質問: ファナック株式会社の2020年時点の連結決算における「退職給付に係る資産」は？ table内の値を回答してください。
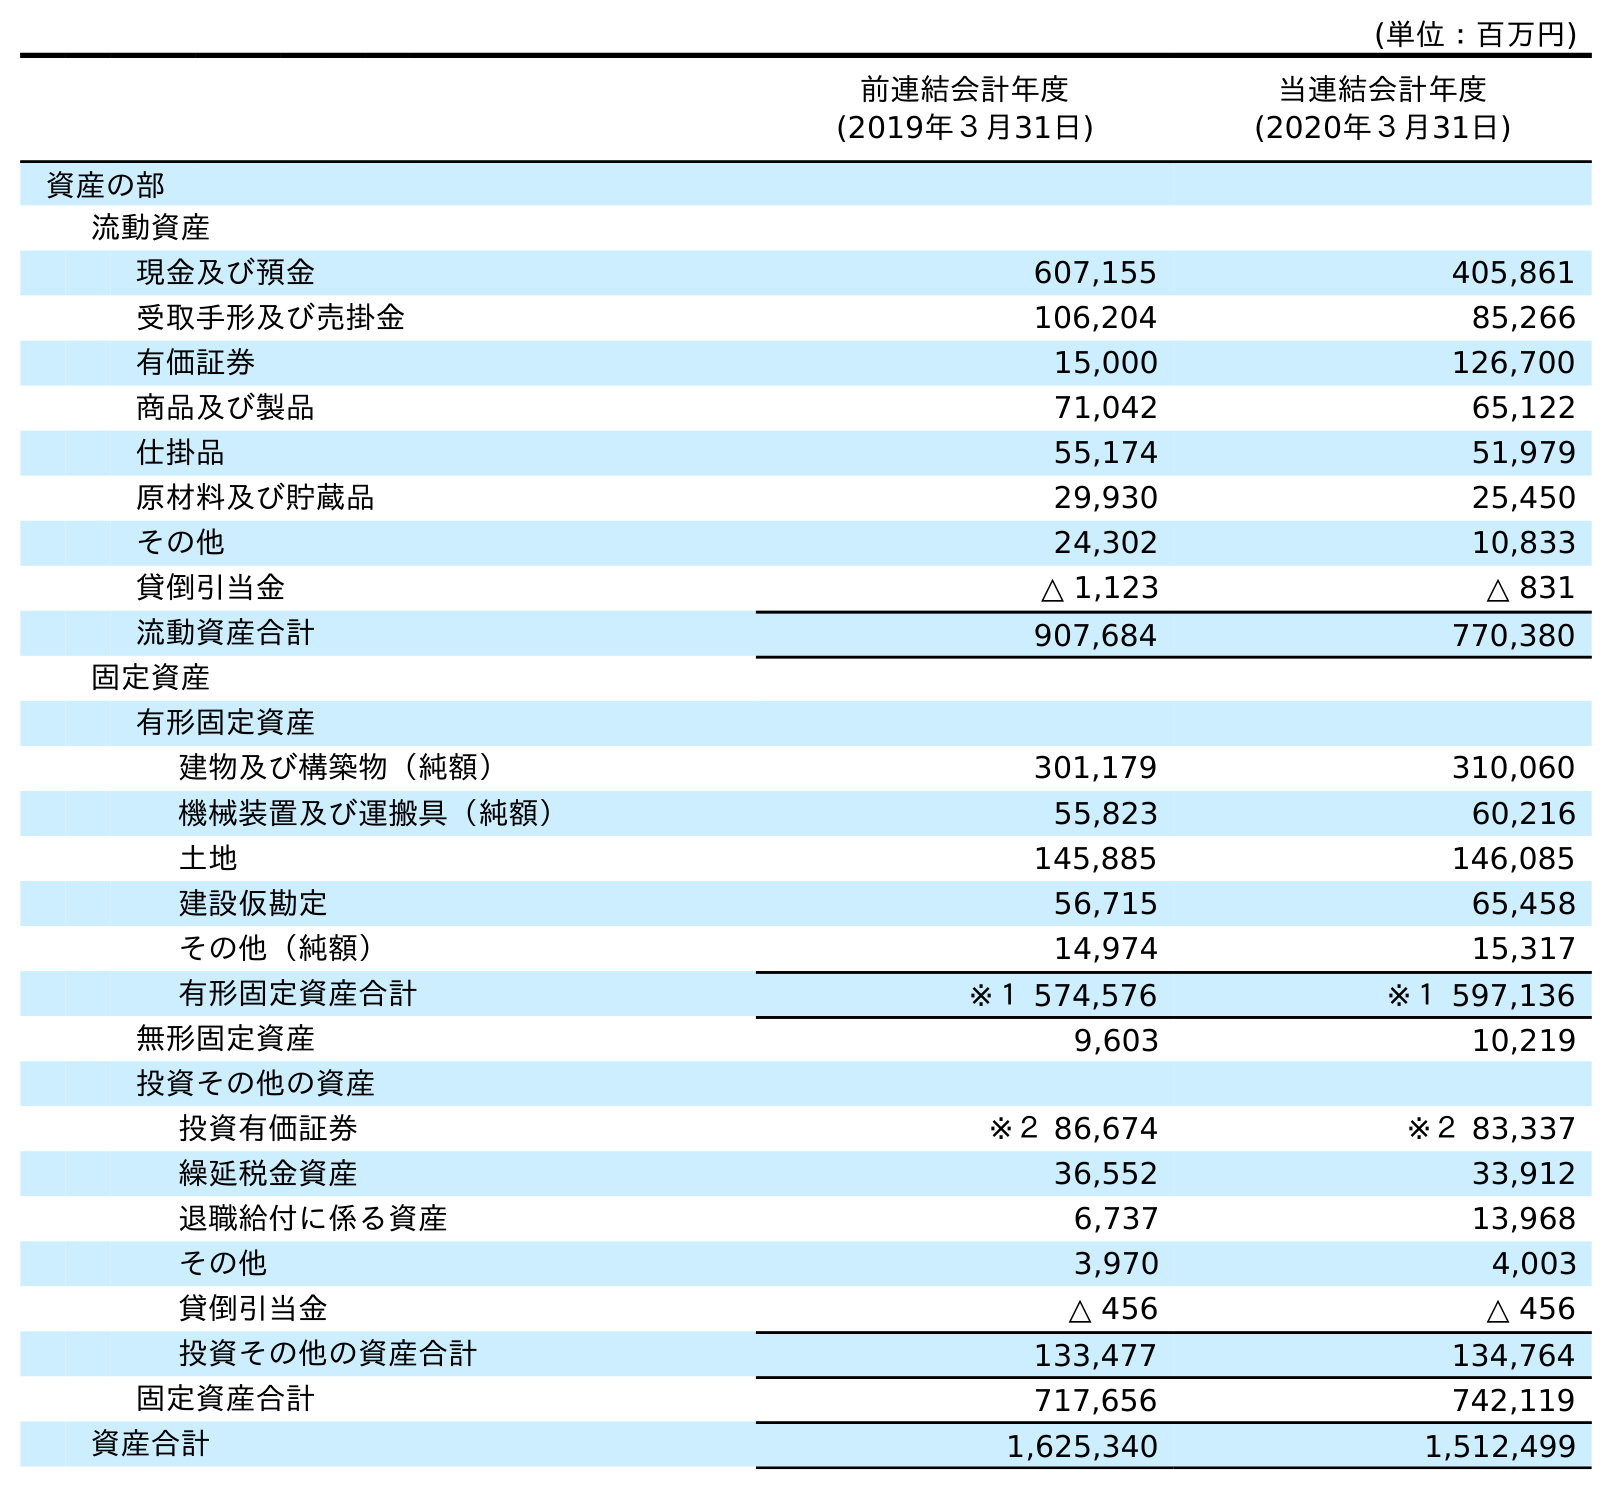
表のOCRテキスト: (単位：百万円) 前連結会計年度 (2019年３月31日) 当連結会計年度 (2020年３月31日) 資産の部 流動資産 現金及び預金 607,155 405,861 受取手形及び売掛金 106,204 85,266 有価証券 15,000 126,700 商品及び製品 71,042 65,122 仕掛品 55,174 51,979 原材料及び貯蔵品 29,930 25,450 その他 24,302 10,833 貸倒引当金 △ 1,123 △ 831 流動資産合計 907,684 770,380 固定資産 有形固定資産 建物及び構築物（純額） 301,179 310,060 機械装置及び運搬具（純額） 55,823 60,216 土地 145,885 146,085 建設仮勘定 56,715 65,458 その他（純額） 14,974 15,317 有形固定資産合計 ※１ 574,576 ※１ 597,136 無形固定資産 9,603 10,219 投資その他の資産 投資有価証券 ※２ 86,674 ※２ 83,337 繰延税金資産 36,552 33,912 退職給付に係る資産 6,737 13,968 その他 3,970 4,003 貸倒引当金 △ 456 △ 456 投資その他の資産合計 133,477 134,764 固定資産合計 717,656 742,119 資産合計 1,625,340 1,512,499
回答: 13,968